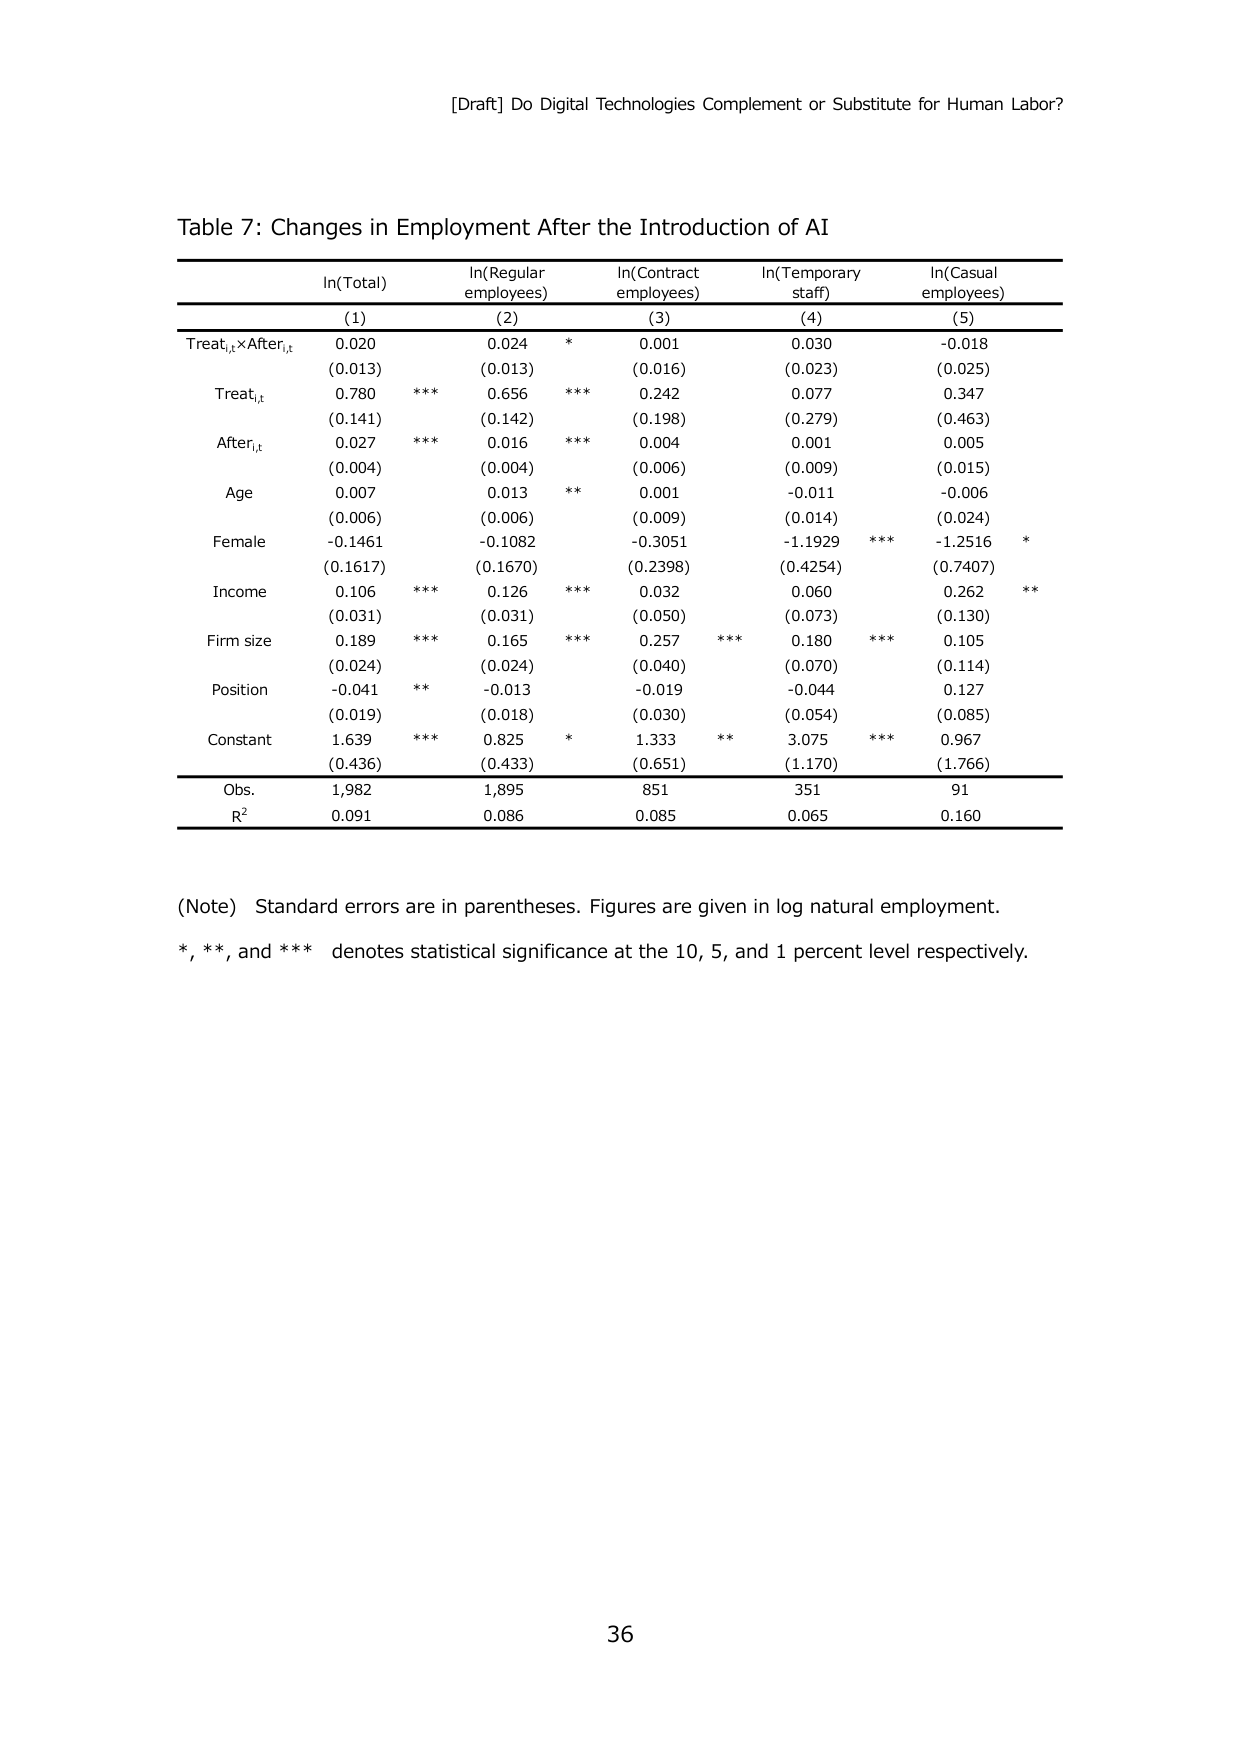
[Draft] Do Digital Technologies Complement or Substitute for Human Labor?

Table 7: Changes in Employment After the Introduction of AI

ln(Total)             ln(Regular employees)   ln(Contract employees)   ln(Temporary staff)   ln(Casual employees)
(1)                   (2)                     (3)                      (4)                   (5)

Treat_{i,t}×After_{i,t}   0.020                   0.024 *                  0.001                 0.030                 -0.018
                      (0.013)                 (0.013)                  (0.016)               (0.023)               (0.025)

Treat_{i,t}           0.780 ***               0.656 ***                0.242                 0.077                 0.347
                      (0.141)                 (0.142)                  (0.198)               (0.279)               (0.463)

After_{i,t}           0.027 ***               0.016 ***                0.004                 0.001                 0.005
                      (0.004)                 (0.004)                  (0.006)               (0.009)               (0.015)

Age                   0.007                   0.013 **                 0.001                 -0.011                -0.006
                      (0.006)                 (0.006)                  (0.009)               (0.014)               (0.024)

Female                -0.1461                 -0.1082                  -0.3051                -1.1929 ***           -1.2516 *
                      (0.1617)                (0.1670)                 (0.2398)              (0.4254)              (0.7407)

Income                0.106 ***               0.126 ***                0.032                 0.060                 0.262 **
                      (0.031)                 (0.031)                  (0.050)               (0.073)               (0.130)

Firm size             0.189 ***               0.165 ***                0.257 ***              0.180 ***             0.105
                      (0.024)                 (0.024)                  (0.040)               (0.070)               (0.114)

Position              -0.041 **               -0.013                   -0.019                 -0.044                0.127
                      (0.019)                 (0.018)                  (0.030)               (0.054)               (0.085)

Constant              1.639 ***               0.825 *                  1.333 **               3.075 ***             0.967
                      (0.436)                 (0.433)                  (0.651)               (1.170)               (1.766)

Obs.                  1,982                   1,895                    851                   351                   91
R²                    0.091                   0.086                    0.085                 0.065                 0.160

(Note) Standard errors are in parentheses. Figures are given in log natural employment.
*, **, and *** denotes statistical significance at the 10, 5, and 1 percent level respectively.

36